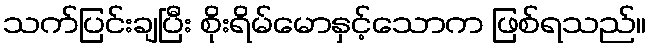
သက်ပြင်းချပြီး စိုးရိမ်မောနှင့်သောက ဖြစ်ရသည်။